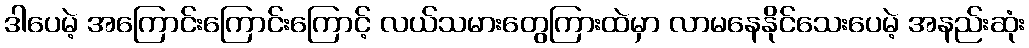
ဒါပေမဲ့ အကြောင်းကြောင်းကြောင့် လယ်သမားတွေကြားထဲမှာ လာမနေနိုင်သေးပေမဲ့ အနည်းဆုံး